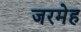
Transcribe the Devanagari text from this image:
जरमेह